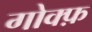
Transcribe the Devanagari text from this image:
गोक्फ़